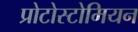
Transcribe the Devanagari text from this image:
प्रोटोस्टोमियन